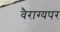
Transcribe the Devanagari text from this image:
वैराग्यपर